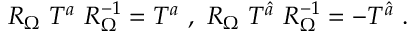
R _ { \Omega } ~ T ^ { a } ~ R _ { \Omega } ^ { - 1 } = T ^ { a } ~ , ~ R _ { \Omega } ~ T ^ { \hat { a } } ~ R _ { \Omega } ^ { - 1 } = - T ^ { \hat { a } } ~ . ~ \,